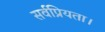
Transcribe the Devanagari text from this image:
सर्वप्रियता।